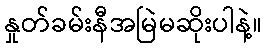
နှုတ်ခမ်းနီအမြဲမဆိုးပါနဲ့။